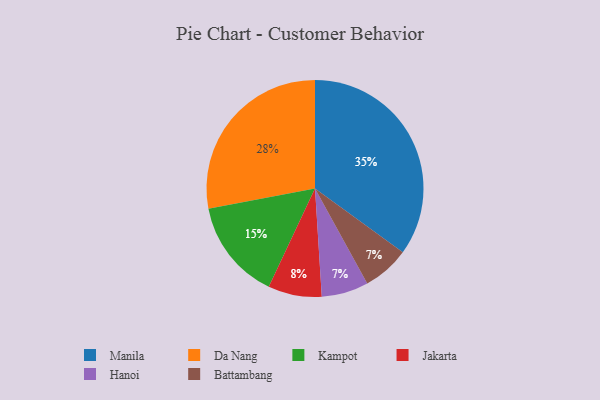
{"axis": {"x": "Category", "y": "Percentage"}, "legend": ["Battambang", "Da Nang", "Hanoi", "Jakarta", "Kampot", "Manila"], "data": [{"x": "Manila", "y": 35, "type": "Manila"}, {"x": "Da Nang", "y": 28, "type": "Da Nang"}, {"x": "Kampot", "y": 15, "type": "Kampot"}, {"x": "Jakarta", "y": 8, "type": "Jakarta"}, {"x": "Hanoi", "y": 7, "type": "Hanoi"}, {"x": "Battambang", "y": 7, "type": "Battambang"}]}